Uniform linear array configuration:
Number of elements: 48
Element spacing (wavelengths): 1
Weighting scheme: blackman
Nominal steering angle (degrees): -30
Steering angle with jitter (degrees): -29.592
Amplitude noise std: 0.05
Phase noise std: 0.05

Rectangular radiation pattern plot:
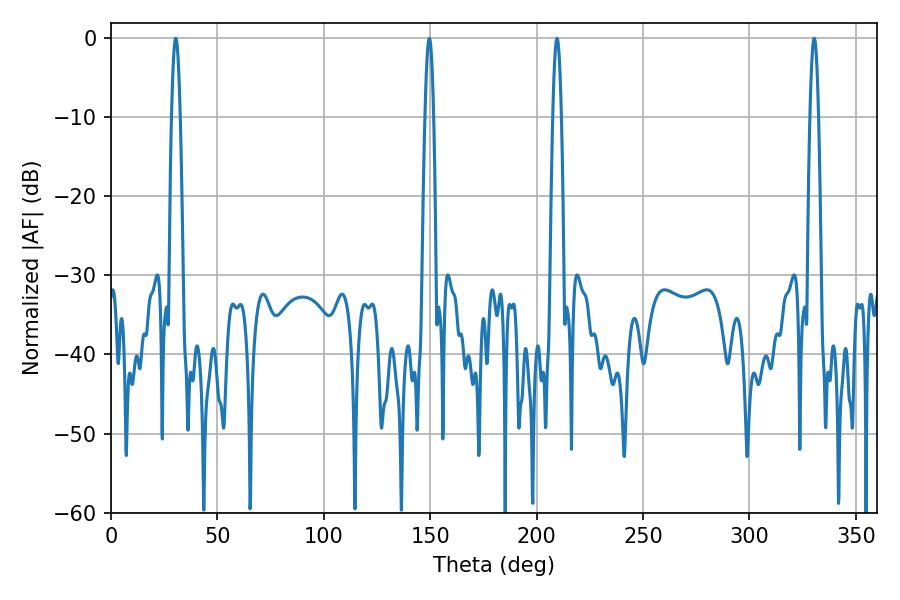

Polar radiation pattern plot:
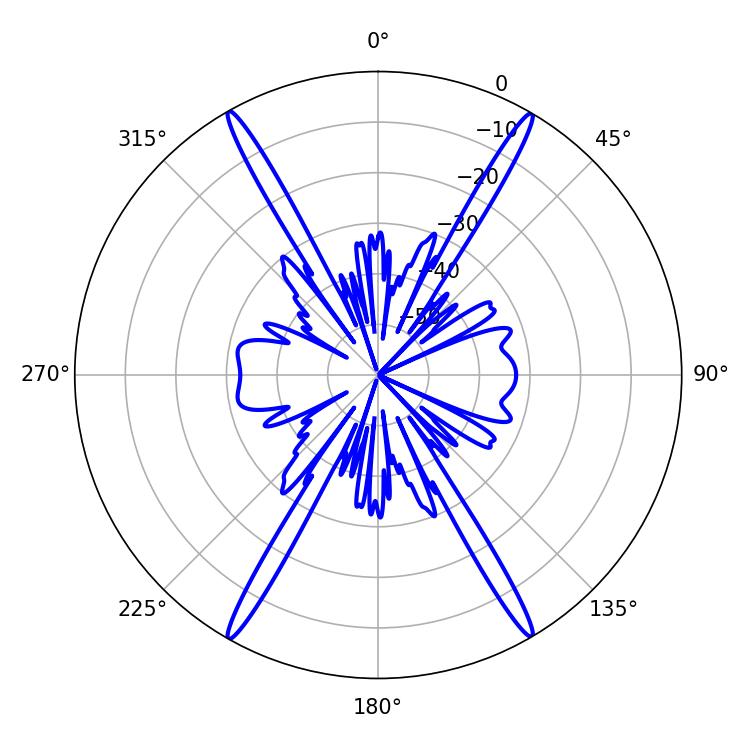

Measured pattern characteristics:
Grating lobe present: TRUE
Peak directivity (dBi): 31.371
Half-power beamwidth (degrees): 2.16
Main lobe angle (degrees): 30.42